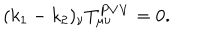
( k _ { 1 } - k _ { 2 } ) _ { \nu } T _ { \mu \nu } ^ { P V V } = 0 .